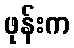
ဖုန်းက